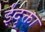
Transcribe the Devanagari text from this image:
ईदृक्ता